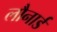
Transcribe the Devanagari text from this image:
लौनार्ड